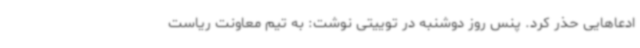
ادعاهایی حذر کرد. پنس روز دوشنبه در توییتی نوشت: به تیم معاونت ریاست